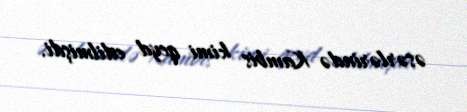
əsərlərində Kambis kimi qeyd edilmişdi.